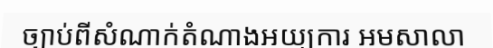
ច្បាប់ពីសំណាក់តំណាងអយ្យការ អមសាលា